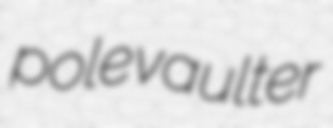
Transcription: pole vaulter